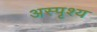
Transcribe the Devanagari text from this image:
अस्‍पृश्य